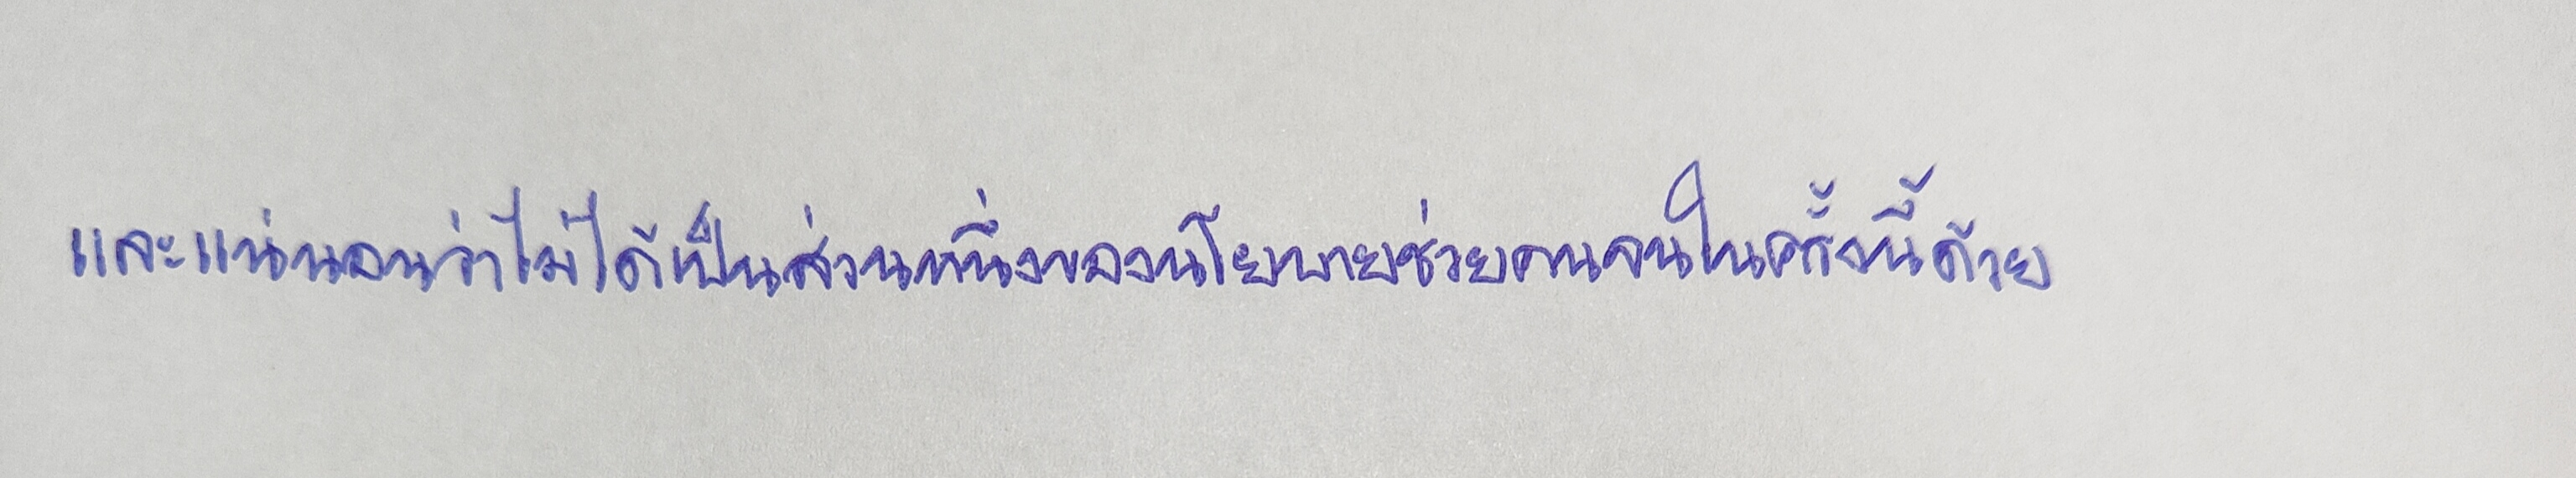
และแน่นอนว่าไม่ได้เป็นส่วนหนึ่งของนโยบายช่วยคนจนในครั้งนี้ด้วย